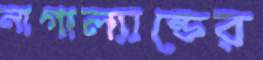
নাগাল্যান্ডের